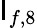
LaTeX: \mathsf{I}_{f,8}